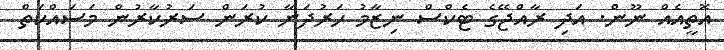
އޮތީއެއް ނޫން. އަދި ރާއްޖޭގެ ޓެކްސް ނިޒާމު ހަރުދަނާ ކުރަން ސަރުކާރުން މަސައްކަތް